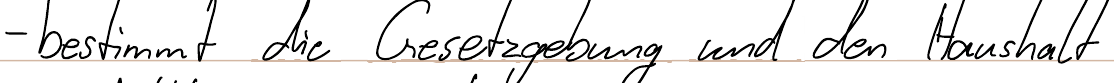
- bestimmt die Gesetzgebung und den Haushalt